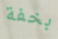
بخفة